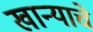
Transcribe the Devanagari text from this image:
खान्याचे